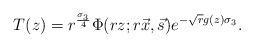
LaTeX: \begin{align*}T(z)= r^{\frac{\sigma_{3}}{4}}\Phi(rz;r\vec{x},\vec{s})e^{-\sqrt{r}g(z)\sigma_{3}}.\end{align*}